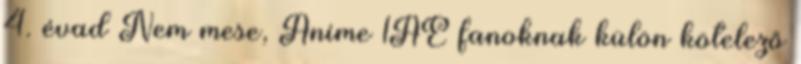
4. évad Nem mese, Anime 1AÉ fanoknak külön kötelező